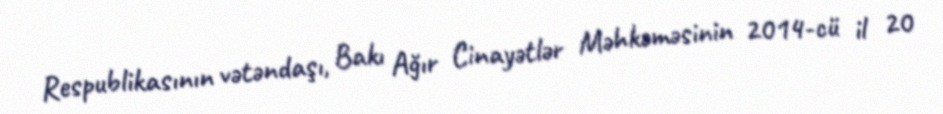
Respublikasının vətəndaşı, Bakı Ağır Cinayətlər Məhkəməsinin 2014-cü il 20